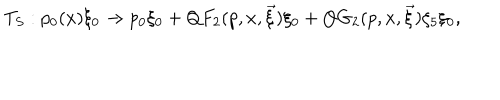
LaTeX: T _ { S } : p _ { 0 } ( x ) \xi _ { 0 } \rightarrow p _ { 0 } \xi _ { 0 } + Q F _ { 2 } ( p , x , \vec { \xi } ) \xi _ { 0 } + Q G _ { 2 } ( p , x , \vec { \xi } ) \xi _ { 5 } \xi _ { 0 } ,